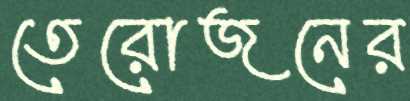
তেরোজনের